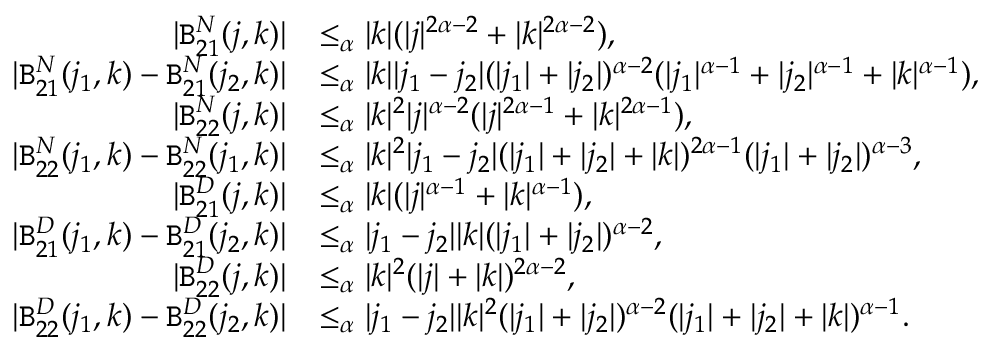
\begin{array} { r l } { | \mathtt { B } _ { 2 1 } ^ { N } ( j , k ) | } & { \le _ { \alpha } | k | ( | j | ^ { 2 \alpha - 2 } + | k | ^ { 2 \alpha - 2 } ) , } \\ { | \mathtt { B } _ { 2 1 } ^ { N } ( j _ { 1 } , k ) - \mathtt { B } _ { 2 1 } ^ { N } ( j _ { 2 } , k ) | } & { \le _ { \alpha } | k | | j _ { 1 } - j _ { 2 } | ( | j _ { 1 } | + | j _ { 2 } | ) ^ { \alpha - 2 } ( | j _ { 1 } | ^ { \alpha - 1 } + | j _ { 2 } | ^ { \alpha - 1 } + | k | ^ { \alpha - 1 } ) , } \\ { | \mathtt { B } _ { 2 2 } ^ { N } ( j , k ) | } & { \le _ { \alpha } | k | ^ { 2 } | j | ^ { \alpha - 2 } ( | j | ^ { 2 \alpha - 1 } + | k | ^ { 2 \alpha - 1 } ) , } \\ { | \mathtt { B } _ { 2 2 } ^ { N } ( j _ { 1 } , k ) - \mathtt { B } _ { 2 2 } ^ { N } ( j _ { 1 } , k ) | } & { \le _ { \alpha } | k | ^ { 2 } | j _ { 1 } - j _ { 2 } | ( | j _ { 1 } | + | j _ { 2 } | + | k | ) ^ { 2 \alpha - 1 } ( | j _ { 1 } | + | j _ { 2 } | ) ^ { \alpha - 3 } , } \\ { | \mathtt { B } _ { 2 1 } ^ { D } ( j , k ) | } & { \le _ { \alpha } | k | ( | j | ^ { \alpha - 1 } + | k | ^ { \alpha - 1 } ) , } \\ { | \mathtt { B } _ { 2 1 } ^ { D } ( j _ { 1 } , k ) - \mathtt { B } _ { 2 1 } ^ { D } ( j _ { 2 } , k ) | } & { \le _ { \alpha } | j _ { 1 } - j _ { 2 } | | k | ( | j _ { 1 } | + | j _ { 2 } | ) ^ { \alpha - 2 } , } \\ { | \mathtt { B } _ { 2 2 } ^ { D } ( j , k ) | } & { \le _ { \alpha } | k | ^ { 2 } ( | j | + | k | ) ^ { 2 \alpha - 2 } , } \\ { | \mathtt { B } _ { 2 2 } ^ { D } ( j _ { 1 } , k ) - \mathtt { B } _ { 2 2 } ^ { D } ( j _ { 2 } , k ) | } & { \le _ { \alpha } | j _ { 1 } - j _ { 2 } | | k | ^ { 2 } ( | j _ { 1 } | + | j _ { 2 } | ) ^ { \alpha - 2 } ( | j _ { 1 } | + | j _ { 2 } | + | k | ) ^ { \alpha - 1 } . } \end{array}